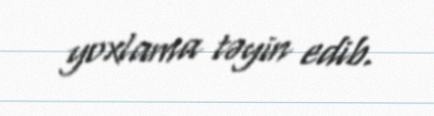
yoxlama təyin edib.